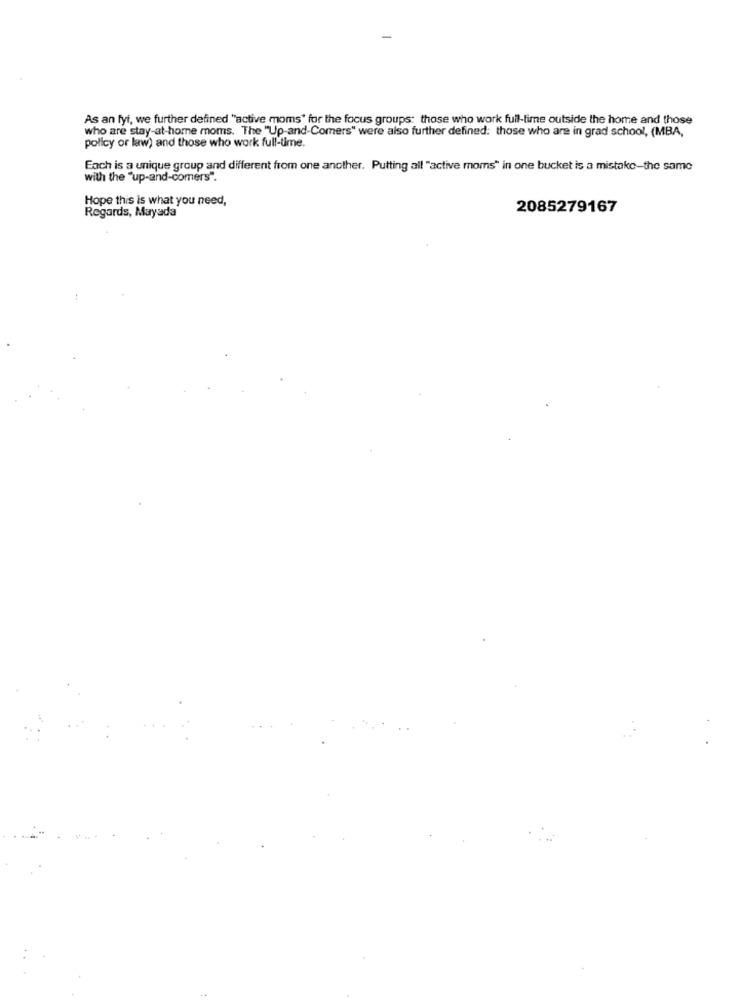
As an fyi, we further defined "active moms' for the focus groups: those who work full-time outside the home and those
who are stay-at-home moms. The "Up-and-Comers" were also further defined: those who are in grad school, (MBA,
policy or law) and those who work full-time.
Each is a unique group and different from one another. Putting all "active moms" in one bucket is a mistake-the same
with the "up-and-comers".
Hope this is what you need,
Regards, Mayada
2085279167